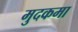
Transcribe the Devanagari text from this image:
मुदकमा